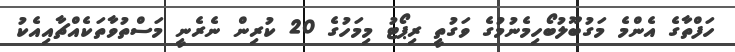
ހަފްތާގެ އެންމެ މަގުބޫލުބޯހިމެނުމުގެ ވަގުތީ ރިޕޯޓު މިމަހުގެ 20 ކުރިން ނެރެނީ މަސްތުވާތަކެއްޗާއިއެކު